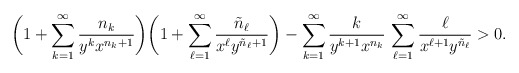
\begin{align*} \bigg(1 + \sum_{k=1}^\infty \frac{n_k}{y^kx^{n_k+1}}\bigg) \bigg(1 + \sum_{\ell=1}^\infty \frac{\tilde{n}_\ell}{x^\ell y^{\tilde{n}_\ell+1}}\bigg) - \sum_{k=1}^\infty \frac{k}{y^{k+1}x^{n_k}}\, \sum_{\ell=1}^\infty \frac{\ell}{x^{\ell+1}y^{\tilde{n}_\ell}} > 0.\end{align*}